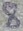
Text: 8